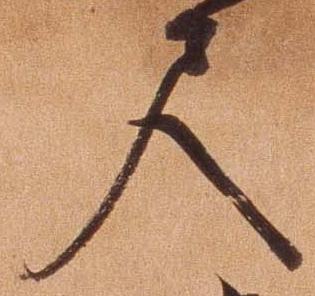
尺